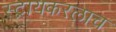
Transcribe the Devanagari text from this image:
स्ट्रायकरलाच